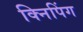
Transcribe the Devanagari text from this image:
क्निपिंग